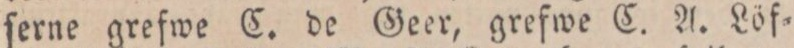
ſerne grefwe C. de Geer, grefwe C. A. Löf=